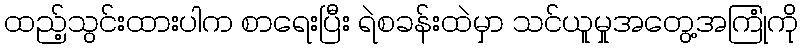
ထည့်သွင်းထားပါက စာရေးပြီး ရဲစခန်းထဲမှာ သင်ယူမှုအတွေ့အကြုံကို